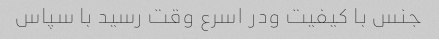
جنس با کیفیت ودر اسرع وقت رسید با سپاس